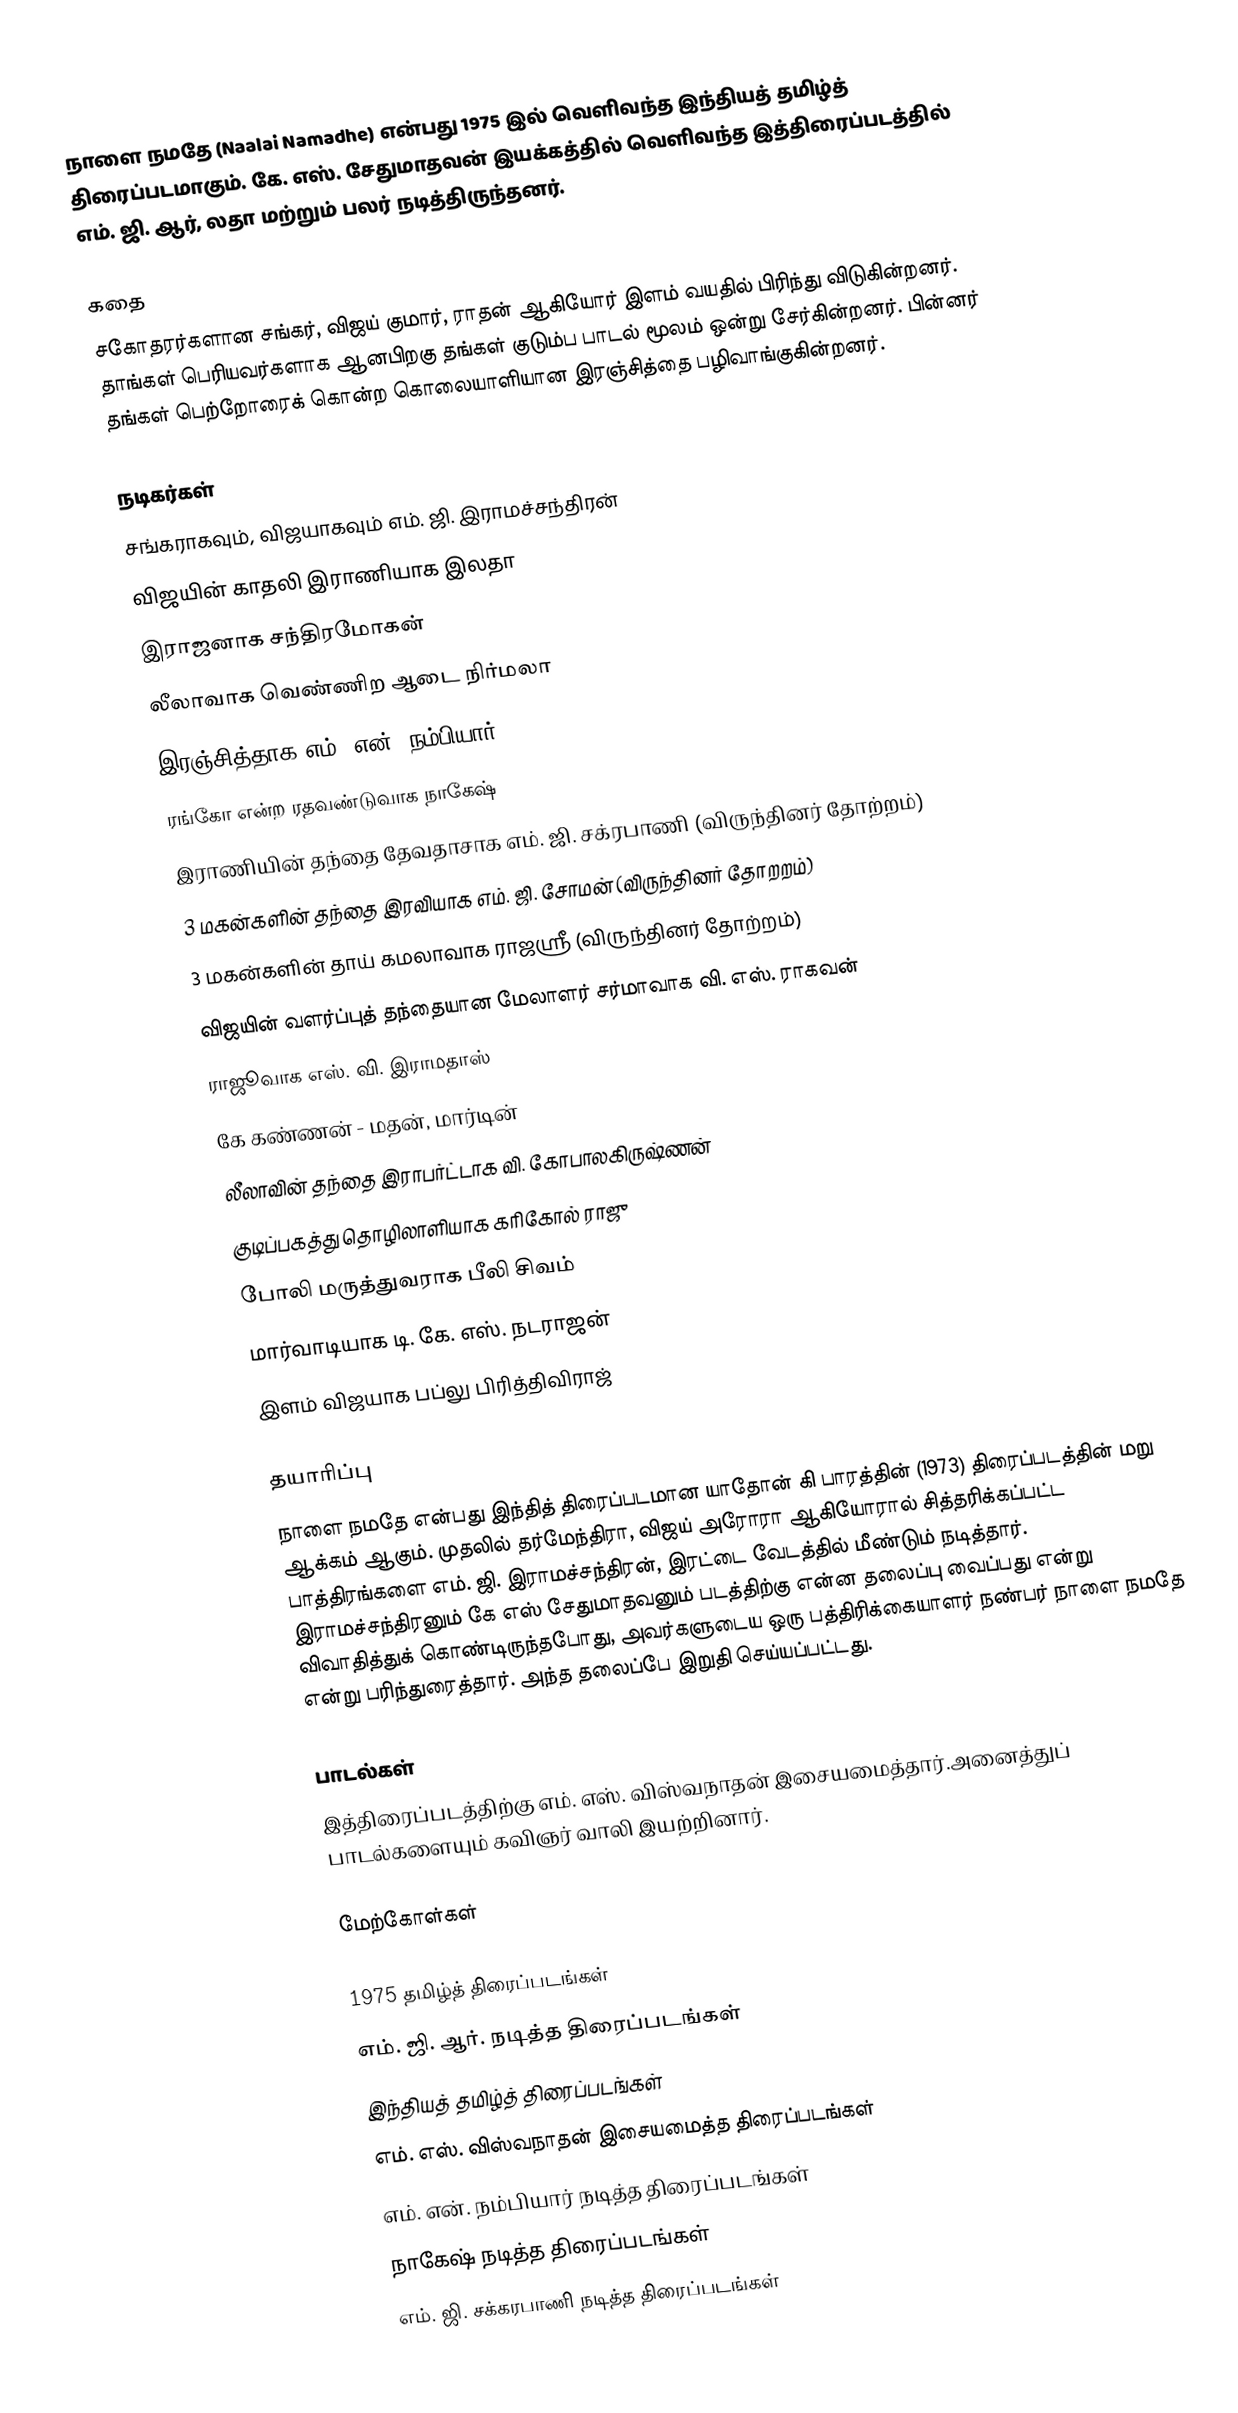
நாளை நமதே (Naalai Namadhe) என்பது 1975 இல் வெளிவந்த இந்தியத் தமிழ்த் திரைப்படமாகும். கே. எஸ். சேதுமாதவன் இயக்கத்தில் வெளிவந்த இத்திரைப்படத்தில் எம். ஜி. ஆர், லதா மற்றும் பலர் நடித்திருந்தனர்.

கதை
சகோதரர்களான சங்கர், விஜய் குமார், ராதன் ஆகியோர் இளம் வயதில் பிரிந்து விடுகின்றனர். தாங்கள் பெரியவர்களாக ஆனபிறகு தங்கள் குடும்ப பாடல் மூலம் ஒன்று சேர்கின்றனர். பின்னர் தங்கள் பெற்றோரைக் கொன்ற கொலையாளியான இரஞ்சித்தை பழிவாங்குகின்றனர்.

நடிகர்கள்
 சங்கராகவும், விஜயாகவும் எம். ஜி. இராமச்சந்திரன்
 விஜயின் காதலி இராணியாக இலதா
 இராஜனாக சந்திரமோகன்
 லீலாவாக வெண்ணிற ஆடை நிர்மலா
 இரஞ்சித்தாக எம். என். நம்பியார்
 ரங்கோ என்ற ரதவண்டுவாக நாகேஷ்
 இராணியின் தந்தை தேவதாசாக எம். ஜி. சக்ரபாணி (விருந்தினர் தோற்றம்)
  3 மகன்களின் தந்தை இரவியாக எம். ஜி. சோமன் (விருந்தினர் தோறறம்)
 3 மகன்களின் தாய் கமலாவாக ராஜஸ்ரீ (விருந்தினர் தோற்றம்)
 விஜயின் வளர்ப்புத் தந்தையான மேலாளர் சர்மாவாக வி. எஸ். ராகவன்
 ராஜூவாக எஸ். வி. இராமதாஸ்
 கே கண்ணன் - மதன், மார்டின்
 லீலாவின் தந்தை இராபர்ட்டாக வி. கோபாலகிருஷ்ணன்
 குடிப்பகத்து தொழிலாளியாக கரிகோல் ராஜு
 போலி மருத்துவராக பீலி சிவம்
 மார்வாடியாக டி. கே. எஸ். நடராஜன்
 இளம் விஜயாக பப்லு பிரித்திவிராஜ்

தயாரிப்பு
நாளை நமதே என்பது இந்தித் திரைப்படமான யாதோன் கி பாரத்தின் (1973) திரைப்படத்தின் மறு ஆக்கம் ஆகும்.  முதலில் தர்மேந்திரா, விஜய் அரோரா ஆகியோரால் சித்தரிக்கப்பட்ட பாத்திரங்களை எம். ஜி. இராமச்சந்திரன், இரட்டை வேடத்தில் மீண்டும் நடித்தார். இராமச்சந்திரனும் கே எஸ் சேதுமாதவனும் படத்திற்கு என்ன தலைப்பு வைப்பது என்று விவாதித்துக் கொண்டிருந்தபோது, அவர்களுடைய ஒரு பத்திரிக்கையாளர் நண்பர் நாளை நமதே என்று பரிந்துரைத்தார். அந்த தலைப்பே இறுதி செய்யப்பட்டது.

பாடல்கள்
இத்திரைப்படத்திற்கு எம். எஸ். விஸ்வநாதன் இசையமைத்தார்.அனைத்துப் பாடல்களையும் கவிஞர் வாலி இயற்றினார்.

மேற்கோள்கள்

1975 தமிழ்த் திரைப்படங்கள்
எம். ஜி. ஆர். நடித்த திரைப்படங்கள்
இந்தியத் தமிழ்த் திரைப்படங்கள்
எம். எஸ். விஸ்வநாதன் இசையமைத்த திரைப்படங்கள்
எம். என். நம்பியார் நடித்த திரைப்படங்கள்
நாகேஷ் நடித்த திரைப்படங்கள்
எம். ஜி. சக்கரபாணி நடித்த திரைப்படங்கள்